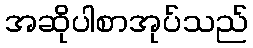
အဆိုပါစာအုပ်သည်